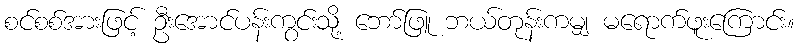
စင်စစ်အားဖြင့် ဦးအောင်ပန်းကွင်းသို့ ဘော်ဖြူ ဘယ်တုန်းကမျှ မရောက်ဖူးကြောင်း။